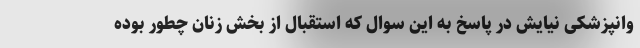
وانپزشکی نیایش در پاسخ به این سوال که استقبال از بخش زنان چطور بوده